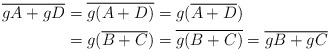
\begin{align*}\overline{gA+gD}&=\overline{g(A+D)}=g(\overline{A+D})\\&=g(\overline{B+C})=\overline{g(B+C)}=\overline{gB+gC}\end{align*}